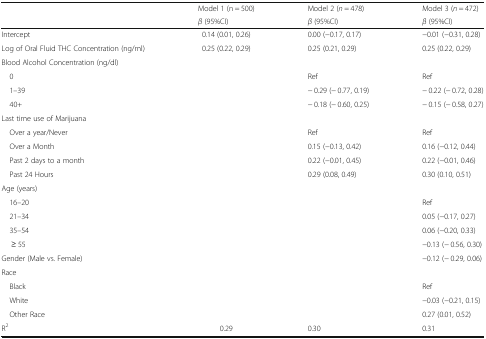
<table><thead><tr><td rowspan="2"></td><td><b>Model 1 (n = 500)</b></td><td><b>Model 2 (<i>n</i> = 478)</b></td><td><b>Model 3 (<i>n</i> = 472)</b></td></tr><tr><td><b><i>β</i> (95%CI)</b></td><td><b><i>β</i> (95%CI)</b></td><td><b><i>β</i> (95%CI)</b></td></tr></thead><tbody><tr><td>Intercept</td><td>0.14 (0.01, 0.26)</td><td>0.00 (−0.17, 0.17)</td><td>−0.01 (−0.31, 0.28)</td></tr><tr><td>Log of Oral Fluid THC Concentration (ng/ml)</td><td>0.25 (0.22, 0.29)</td><td>0.25 (0.21, 0.29)</td><td>0.25 (0.22, 0.29)</td></tr><tr><td colspan="4">Blood Alcohol Concentration (ng/dl)</td></tr><tr><td> 0</td><td></td><td>Ref</td><td>Ref</td></tr><tr><td> 1–39</td><td></td><td>− 0.29 (− 0.77, 0.19)</td><td>− 0.22 (− 0.72, 0.28)</td></tr><tr><td> 40+</td><td></td><td>− 0.18 (− 0.60, 0.25)</td><td>− 0.15 (− 0.58, 0.27)</td></tr><tr><td colspan="4">Last time use of Marijuana</td></tr><tr><td> Over a year/Never</td><td></td><td>Ref</td><td>Ref</td></tr><tr><td> Over a Month</td><td></td><td>0.15 (−0.13, 0.42)</td><td>0.16 (−0.12, 0.44)</td></tr><tr><td> Past 2 days to a month</td><td></td><td>0.22 (−0.01, 0.45)</td><td>0.22 (−0.01, 0.46)</td></tr><tr><td> Past 24 Hours</td><td></td><td>0.29 (0.08, 0.49)</td><td>0.30 (0.10, 0.51)</td></tr><tr><td colspan="4">Age (years)</td></tr><tr><td> 16–20</td><td></td><td></td><td>Ref</td></tr><tr><td> 21–34</td><td></td><td></td><td>0.05 (−0.17, 0.27)</td></tr><tr><td> 35–54</td><td></td><td></td><td>0.06 (−0.20, 0.33)</td></tr><tr><td>≥ 55</td><td></td><td></td><td>−0.13 (− 0.56, 0.30)</td></tr><tr><td>Gender (Male vs. Female)</td><td></td><td></td><td>−0.12 (− 0.29, 0.06)</td></tr><tr><td colspan="4">Race</td></tr><tr><td> Black</td><td></td><td></td><td>Ref</td></tr><tr><td> White</td><td></td><td></td><td>−0.03 (−0.21, 0.15)</td></tr><tr><td> Other Race</td><td></td><td></td><td>0.27 (0.01, 0.52)</td></tr><tr><td>R<sup>2</sup></td><td>0.29</td><td>0.30</td><td>0.31</td></tr></tbody></table>